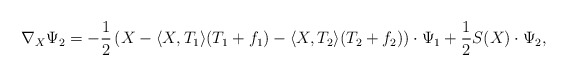
\begin{align*}\nabla_X\Psi_2=-\frac{1}{2}\left(X-\langle X,T_1\rangle (T_1+f_1)-\langle X,T_2\rangle (T_2+f_2)\right)\cdot\Psi_1+\frac{1}{2}S(X)\cdot\Psi_2,\end{align*}